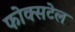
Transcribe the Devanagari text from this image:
फोक्सटेल